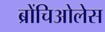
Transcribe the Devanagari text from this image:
ब्रोंचिओलेस